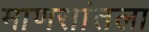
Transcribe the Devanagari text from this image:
माणसांतला